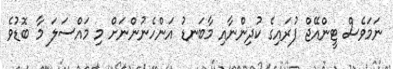
ނަމަވެސް ޓީންއޭޖް ފުރައިގެ ކުދިންނާއި މާބަނޑު އަންހެނުންނަށް މި މައްސަލަ މާ ބޮޑުވެ